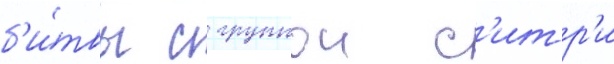
б'и́твы с группои с'итр'и